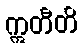
ဣတီတိ